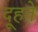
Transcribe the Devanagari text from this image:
दूहते